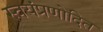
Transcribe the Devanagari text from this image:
स्वयंप्रणोदित